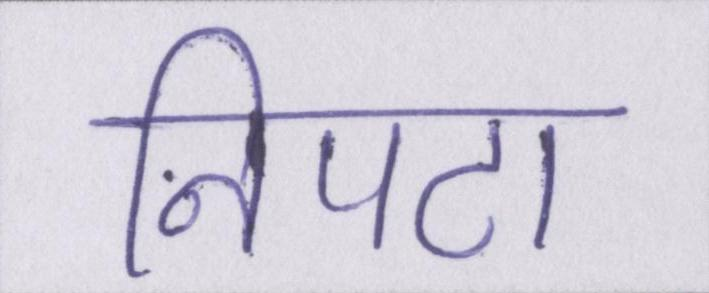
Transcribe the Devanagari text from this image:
निपटा